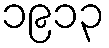
၁၉၁၃